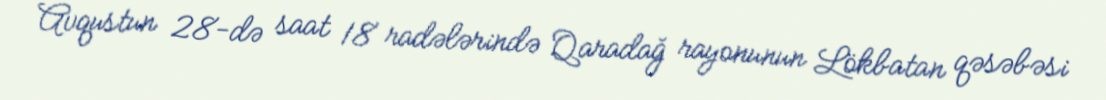
Avqustun 28-də saat 18 radələrində Qaradağ rayonunun Lökbatan qəsəbəsi